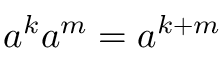
a ^ { k } a ^ { m } = a ^ { k + m }